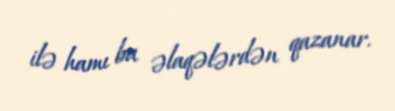
ilə hamı bu əlaqələrdən qazanar.